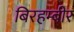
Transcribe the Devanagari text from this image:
बिरहम्बीर